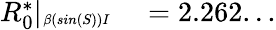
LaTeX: \begin{array}{rl}{R_{0}^{*}|_{\substack{_{\beta(sin(S))I}}}}&{{}=2.262...}\end{array}